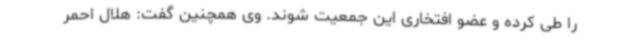
را طی کرده و عضو افتخاری این جمعیت شوند. وی همچنین گفت: هلال احمر